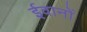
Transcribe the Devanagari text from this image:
ईवानों